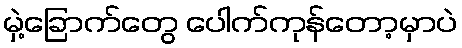
မှဲ့ခြောက်တွေ ပေါက်ကုန်တော့မှာပဲ